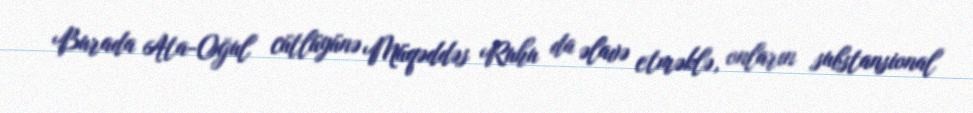
Burada Ata-Oğul cütlüyünə Müqəddəs Ruhu da əlavə etməklə, onların substansional